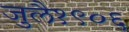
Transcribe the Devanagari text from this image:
जुलै१९०६